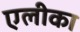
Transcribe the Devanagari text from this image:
एलीका